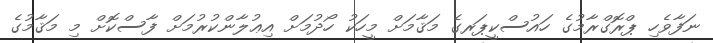
ނަފާވެހި ޕްރޮގްރާމުގެ ހައުސްކީޕަރގެ މަޤާމަށް މީހަކު ހޯދުމަށް އިޢުލާންކުރުމަށް ފާސްކޮށް މި މަޤާމުގެ